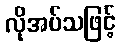
လိုအပ်သဖြင့်